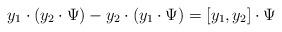
LaTeX: \begin{align*} y_1\cdot (y_2\cdot \Psi)-y_2\cdot (y_1\cdot \Psi) = [y_1, y_2]\cdot \Psi \end{align*}